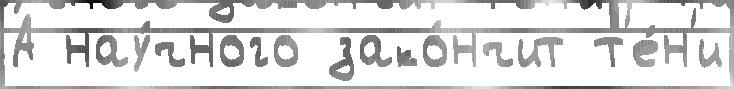
А нау́чного зако́нчит т'е́н'и